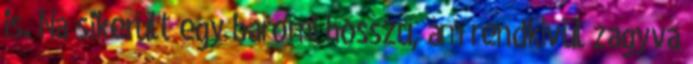
is. Na sikerült egy baromi hosszú, ám rendkívül zagyva